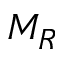
M _ { R }